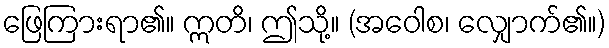
ဖြေကြားရာ၏။ ဣတိ၊ ဤသို့။ (အဝေါစ၊ လျှောက်၏။)